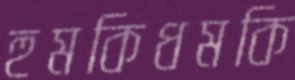
হুমকিধমকি